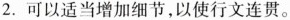
2.可以适当增加细节，以使行文连贯。